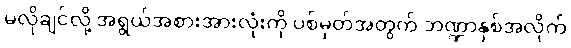
မလိုချင်လို့ အရွယ်အစားအားလုံးကို ပစ်မှတ်အတွက် ဘဏ္ဍာနှစ်အလိုက်